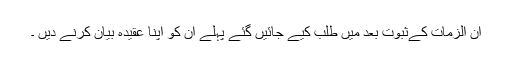
ان الزمات کےثبوت بعد میں طلب کیے جائیں گئے پہلے ان کو اپنا عقیدہ بیان کرنے دیں ۔